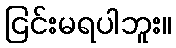
ငြင်းမရပါဘူး။